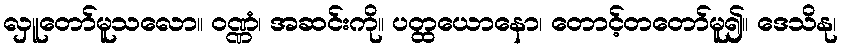
လှူတော်မူသလော။ ဝဏ္ဏံ၊ အဆင်းကို။ ပတ္ထယောနော၊ တောင့်တတော်မူ၍။ ဒေသိနု၊